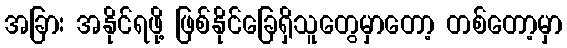
အခြား အနိုင်ရဖို့ ဖြစ်နိုင်ခြေရှိသူတွေမှာတော့ တစ်တော့မှာ